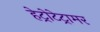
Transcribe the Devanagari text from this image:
हेट्रोटेट्रामर